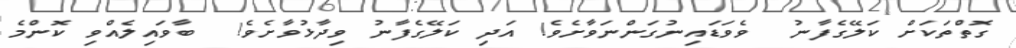
ގޮތްތަކަށް ކަލޭގެފާނު  ވެވަޑައިނުގަންނަވާށެވެ! އަދި ކަލޭގެފާނު ވިދާޅުވާށެވެ!  ބާވައިލެއްވި ކޮންމެ